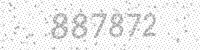
Solution: 887872